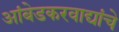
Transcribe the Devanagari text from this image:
आंबेडकरवाद्यांचे